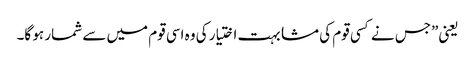
یعنی”جس نے کسی قوم کی مشابہت اختیار کی وہ اسی قوم میں سے شمار ہو گا۔